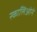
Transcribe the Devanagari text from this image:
स्कालिओने